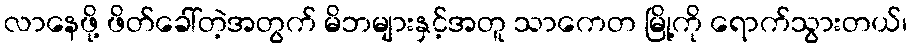
လာနေဖို့ ဖိတ်ခေါ်တဲ့အတွက် မိဘများနှင့်အတူ သာကေတ မြို့ကို ရောက်သွားတယ်၊